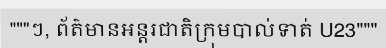
"""ៗ, ព័ត៌មានអន្តរជាតិក្រុមបាល់ទាត់ U23"""